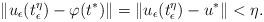
LaTeX: \begin{align*}\|u_\epsilon(t^\eta_\epsilon)-\varphi(t^*)\|=\|u_\epsilon(t^\eta_\epsilon)-u^*\|<\eta.\end{align*}